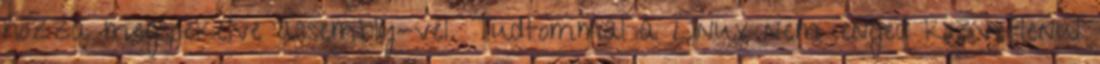
hozza megspekelve assembly-vel. Tudtommal a Linux nem enged kozvetlenul